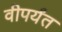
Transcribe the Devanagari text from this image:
वीपर्यंत